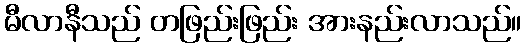
မီလာနီသည် တဖြည်းဖြည်း အားနည်းလာသည်။